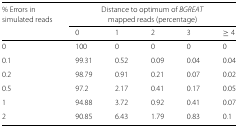
<table><thead><tr><td><b>% Errors in simulated reads</b></td><td colspan="5"><b>Distance to optimum of <i>BGREAT</i> mapped reads (percentage)</b></td></tr><tr><td></td><td><b>0</b></td><td><b>1</b></td><td><b>2</b></td><td><b>3</b></td><td><b>≥4</b></td></tr></thead><tbody><tr><td>0</td><td>100</td><td>0</td><td>0</td><td>0</td><td>0</td></tr><tr><td>0.1</td><td>99.31</td><td>0.52</td><td>0.09</td><td>0.04</td><td>0.04</td></tr><tr><td>0.2</td><td>98.79</td><td>0.91</td><td>0.21</td><td>0.07</td><td>0.02</td></tr><tr><td>0.5</td><td>97.2</td><td>2.17</td><td>0.41</td><td>0.17</td><td>0.05</td></tr><tr><td>1</td><td>94.88</td><td>3.72</td><td>0.92</td><td>0.41</td><td>0.07</td></tr><tr><td>2</td><td>90.85</td><td>6.43</td><td>1.79</td><td>0.83</td><td>0.1</td></tr></tbody></table>